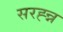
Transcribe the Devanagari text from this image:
सरह्न्न